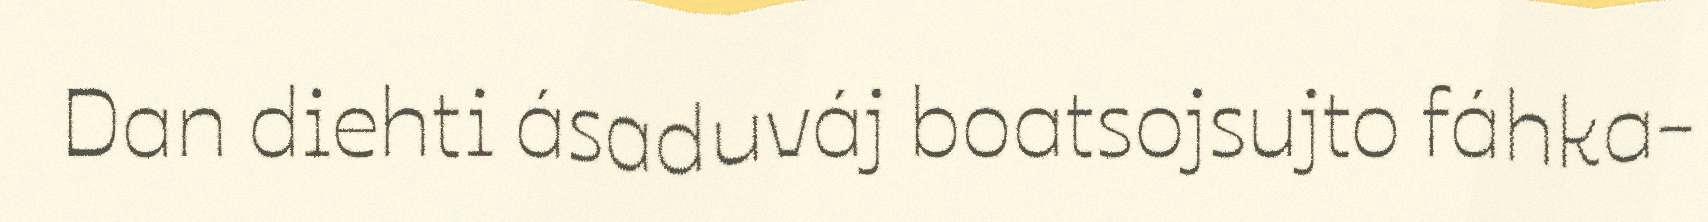
Dan diehti ásaduváj boatsojsujto fáhka-